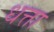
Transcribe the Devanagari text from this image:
धत्ता